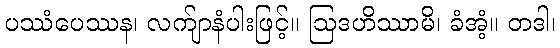
ပဿံပေဿန၊ လက်ျာနံပါးဖြင့်။ ဩဒဟိဿာမိ၊ ခံအံ့။ တဒါ၊